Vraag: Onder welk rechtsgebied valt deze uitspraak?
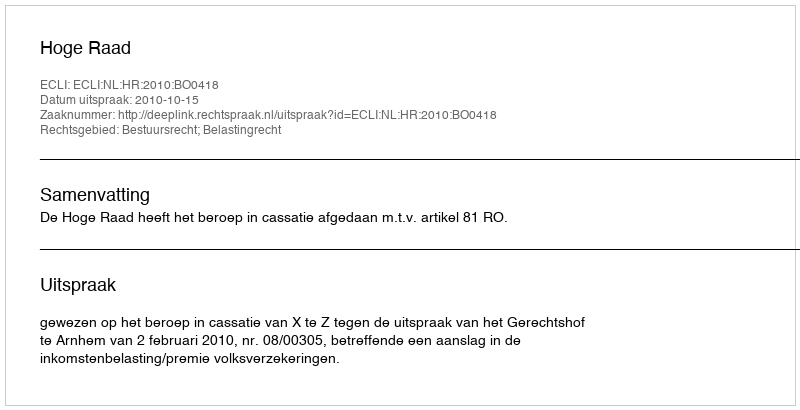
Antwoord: Bestuursrecht; Belastingrecht